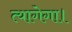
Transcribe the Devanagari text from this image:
त्यागेगा।